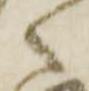
之